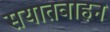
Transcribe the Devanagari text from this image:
सयातवाहन